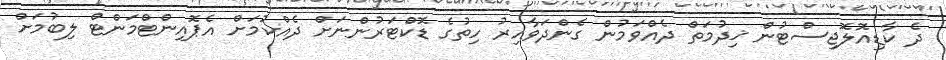
ދެ ކާޑިއޮލޮޖިސްޓުން ޚިދުމަތް ދެއްވަމުން ގެންދަވާއިރު ހިތުގެ ޑޮކްޓަރުންނަށް ދެއްކުމަށް އެޕޮއިންޓްމަންޓް ލިބުމަށް